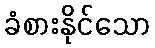
ခံစားနိုင်သော